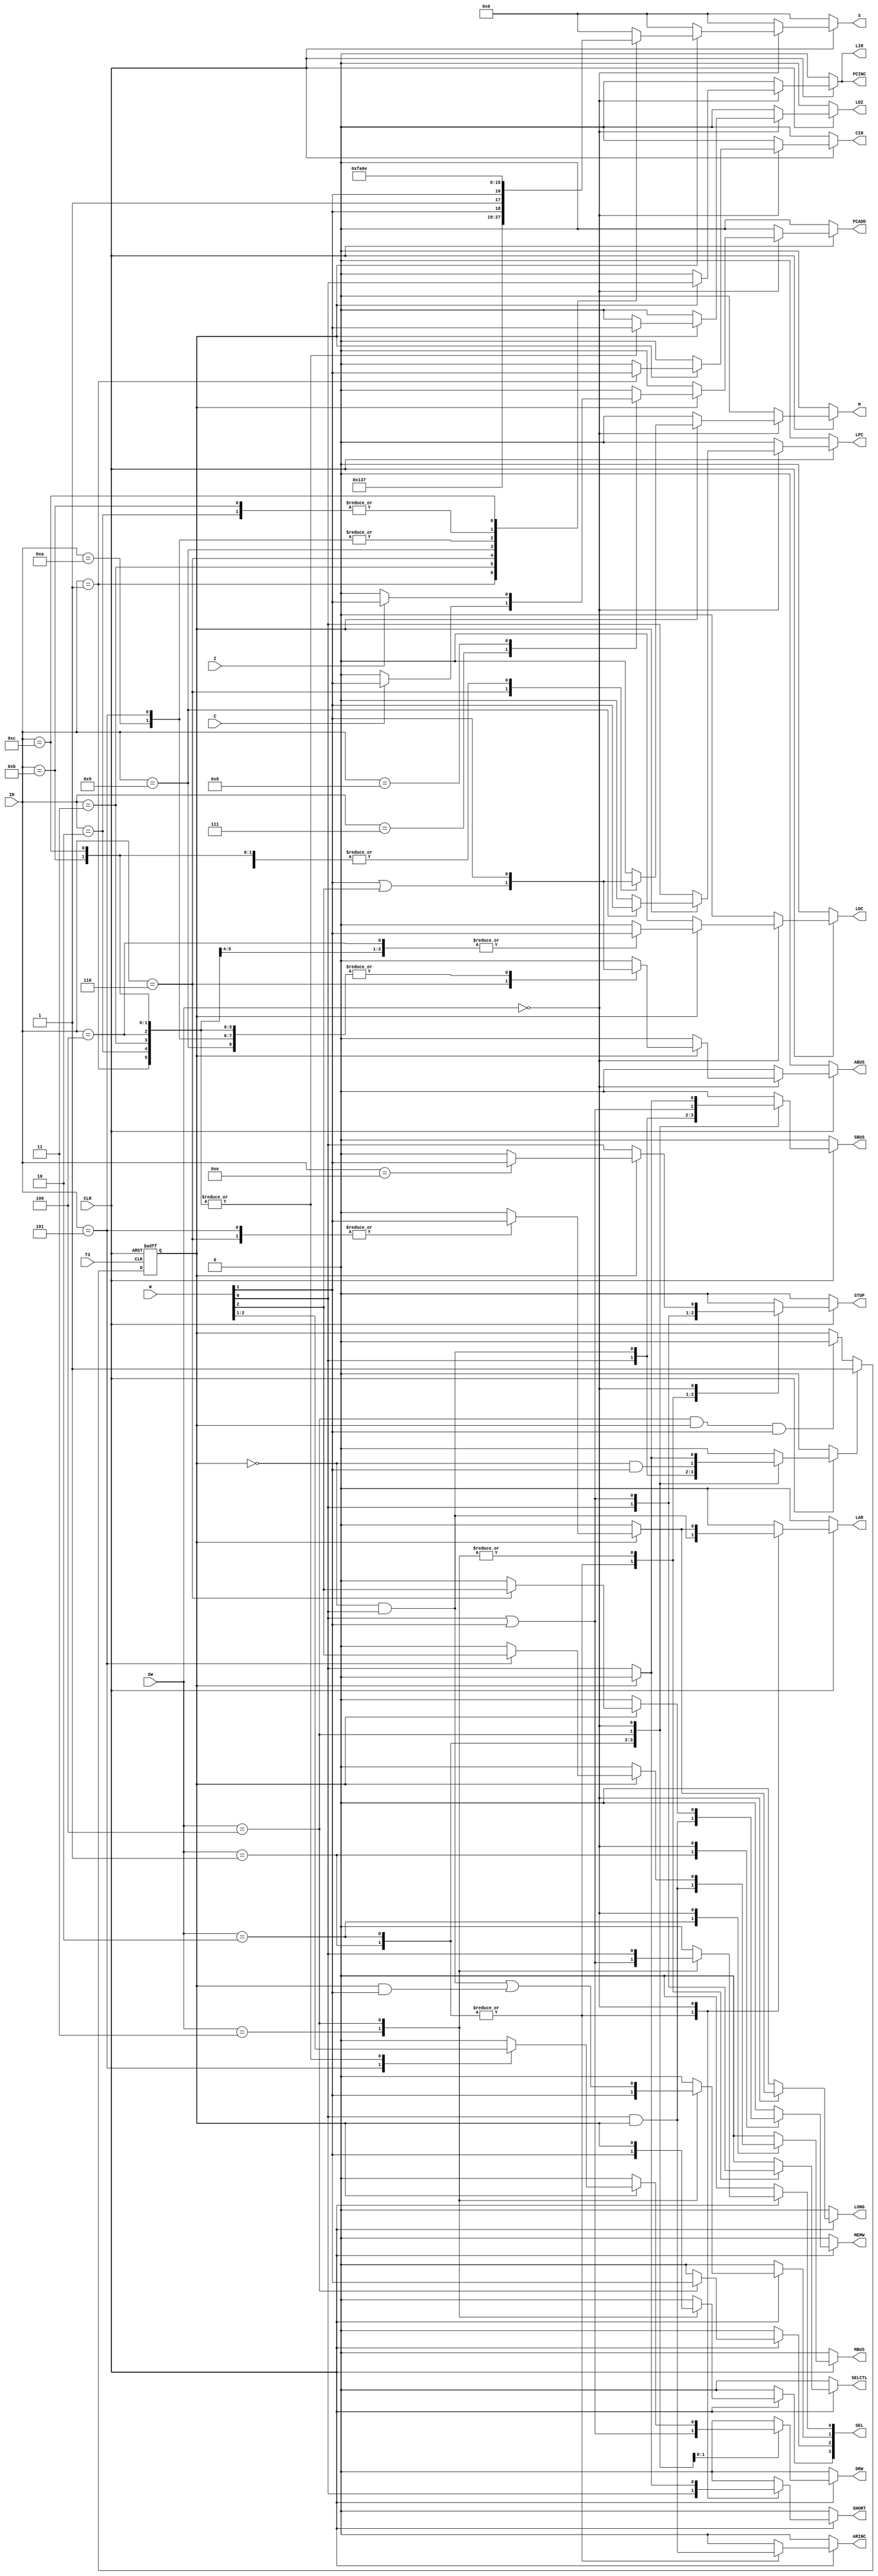
module HDCPU(
    input CLR,
    input T3,
    input C,
    input Z,
    input[2:0] SW,
    input [7:4] IR,
    input [3:1] W,
    output reg LDC,
    output reg LDZ,
    output reg CIN,
    output reg [3:0] S,
    output reg [3:0] SEL,
    output reg M,
    output reg ABUS,
    output reg DRW,
    output reg PCINC,
    output reg LPC,
    output reg LAR,
    output reg PCADD,
    output reg ARINC,
    output reg SELCTL,
    output reg MEMW,
    output reg STOP,
    output reg LIR,
    output reg SBUS,
    output reg MBUS,
    output reg SHORT,
    output reg LONG
    );

    reg ST0  = 0;
    reg SST0 = 0;

    always @(negedge T3, negedge CLR)
    begin
        if (!CLR) ST0 <= 0;
        else if (!T3) begin
            if (SST0 == 1'b1)
                ST0 = SST0; // SST0 == 1ST0    = 1
            else if (SW == 3'b100 && ST0 && W[2])
                ST0 = 0;
        end
    end

    always @(W, CLR) // ?T3
    begin
        {LDC, LDZ, CIN, M, ABUS, DRW, PCINC, LPC, LAR, PCADD, ARINC, SELCTL, MEMW, STOP, LIR, SBUS, MBUS, SHORT, LONG, S, SEL, SST0} = 0;
        if (CLR == 0)begin
            
        end
        
        else begin
            case (SW)
                3'b001: begin
                    LAR    <= W[1] && !ST0;
                    MEMW   <= W[1] && ST0;
                    ARINC  <= W[1] && ST0;
                    SBUS   <= W[1];
                    STOP   <= W[1];
                    SHORT  <= W[1];
                    SELCTL <= W[1];
                    SST0   <= W[1];
                end
                3'b010: begin
                    SBUS   <= W[1]&&!ST0;
                    LAR    <= W[1]&&!ST0;
                    SST0   <= W[1]&&!ST0;
                    MBUS   <= W[1]&&ST0;
                    ARINC  <= W[1]&&ST0;
                    STOP   <= W[1];
                    SHORT  <= W[1];
                    SELCTL <= W[1];
                end
                3'b011: begin
                    SELCTL <= W[1] || W[2];
                    STOP   <= W[1] || W[2];
                    SEL[3] <= W[2];
                    SEL[2] <= 0;
                    SEL[1] <= W[2];
                    SEL[0] <= W[1] || W[2];
                end
                3'b100: begin

                    SBUS   <= W[1]||W[2];
                    SELCTL <= W[1]||W[2];
                    DRW    <= W[1]||W[2];
                    STOP   <= W[1]||W[2];
                    SST0   <= !ST0&&W[2];
                    SEL[3] <= ST0;
                    SEL[2] <= W[2];
                    SEL[1] <= (!ST0&&W[1])||(ST0 && W[2]);
                    SEL[0] <= W[1];
                end
                3'b000: 
                    if(ST0==0)begin 
                        LPC=W[1];
                        SBUS=W[1];
                        SST0=W[1];
                        SHORT=W[1];
                        STOP=W[1];
                    end
                    else 
                    begin
                    // SW == 000--->
                    LIR   = W[1];
                    PCINC = W[1];
                    case (IR)
                        4'b0001: begin // ADD
                            S    = 4'b1001;
                            CIN  = W[2];
                            ABUS = W[2];
                            DRW  = W[2];
                            LDZ  = W[2];
                            LDC  = W[2];
                        end
                        4'b0010: begin // SUB
                            S    = 4'b0110;
                            ABUS = W[2];
                            DRW  = W[2];
                            LDZ  = W[2];
                            LDC  = W[2];
                        end
                        4'b0011: begin // AND
                            M    = W[2];
                            S    = 4'b1011;
                            ABUS = W[2];
                            DRW  = W[2];
                            LDZ  = W[2];
                        end
                        4'b0100: begin // INC
                            S    = 4'b0000;
                            ABUS = W[2];
                            DRW  = W[2];
                            LDZ  = W[2];
                            LDC  = W[2];
                        end
                        4'b0101: begin // LD
                            M    = W[2];
                            S    = 4'b1010;
                            ABUS = W[2];
                            LAR  = W[2];
                            LONG = W[2];
                            DRW  = W[3];
                            MBUS = W[3];
                        end
                        4'b0110: begin // ST
                            M    = W[2] ||W[3];
                            S    = {1'b1,W[2],1'b1,W[2]};
                            ABUS = W[2] || W[3];
                            LAR  = W[2];
                            LONG = W[2];
                            MEMW = W[3];
                        end
                        4'b0111: // JC
                            if (C == 1) PCADD = W[2];
                        4'b1000: // JZ
                            if (Z == 1) PCADD = W[2];
                        4'b1001: begin // JMP
                            M    = W[2];
                            S    = 4'b1111;
                            ABUS = W[2];
                            LPC  = W[2];
                        end
                        4'b1110: begin // STP
                            STOP = W[2];
                        end
                        // 
                        4'b1010: begin // OUT
                            M    = W[2];
                            S    = 4'b1010;
                            ABUS = W[2];
                        end
                        4'b1011: begin // XOR
                            M    = W[2];
                            S    = 4'b0110;
                            ABUS = W[2];
                            DRW  = W[2];
                            LDZ  = W[2];
                        end
                        4'b1100: begin // OR
                            M    = W[2];
                            S    = 4'b1110;
                            ABUS = W[2];
                            DRW  = W[2];
                            LDZ  = W[2];
                        end
                        default: S = 4'b0000;
                    endcase
                    // <---SW == 000
                end
                // default:
            endcase
        end
    end
endmodule